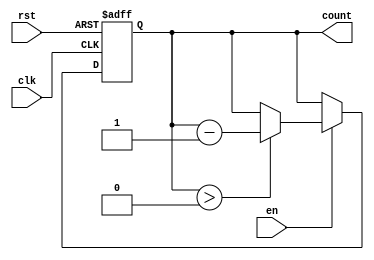
module down_counter #(
    parameter N = 3 // Number of bits (can be changed as needed)
)(
    input wire clk,      // Clock signal
    input wire rst,      // Asynchronous reset
    input wire en,       // Enable signal
    output reg [N-1:0] count // Current count value
);

// State transition logic
always @(posedge clk or posedge rst) begin
    if (rst) begin
        count <= N; // Reset to maximum value (N)
    end else if (en) begin
        if (count > 0) begin
            count <= count - 1; // Decrement the count
        end
        // If count is 0, it remains at 0 until reset
    end
end

endmodule